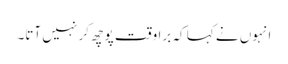
انہوں نے کہا کہ برا وقت پوچھ کر نہیں آتا۔